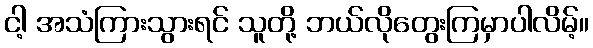
ငါ့ အသံကြားသွားရင် သူတို့ ဘယ်လိုတွေးကြမှာပါလိမ့်။